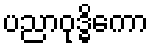
ပညာဝုဒ္ဓိကော